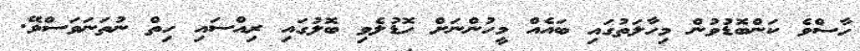
ހާސްވެ ކަންބޮޑުވުން މިހާލަތުގައި ބައެއް މީހުންނަށް ހޮޑުލެވި ބޮލުގައި ރިއްސައި ހިތް ނުތަނަވަސްވޭ.